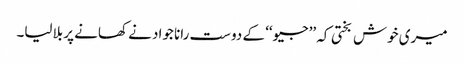
میری خوش بختی کہ ’’جیو‘‘ کے دوست رانا جواد نے کھانے پر بلالیا۔